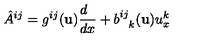
{ \hat { A } } ^ { i j } = g ^ { i j } ( { \bf u } ) { \frac { d \phantom { x } } { d x } } + b _ { \phantom { i j } k } ^ { i j } ( { \bf u } ) u _ { x } ^ { k }